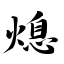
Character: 熄